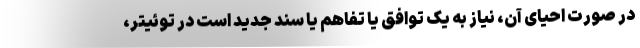
در صورت احیای آن، نیاز به یک توافق یا تفاهم یا سند جدید است در توئیتر،